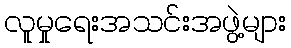
လူမှုရေးအသင်းအဖွဲ့များ